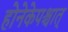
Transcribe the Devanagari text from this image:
होनेकेपश्चात्